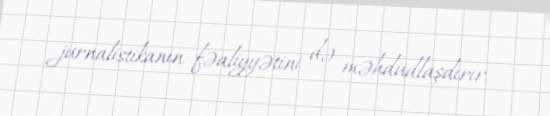
jurnalistikanın fəaliyyətini də məhdudlaşdırır.